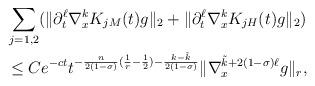
LaTeX: \begin{align*} &\sum_{j=1,2}(\|\partial_{t}^{\ell} \nabla_{x}^{k}K_{jM}(t)g\|_{2}+\|\partial_{t}^{\ell} \nabla_{x}^{k} K_{jH}(t)g\|_{2}) \\& \le C e^{-ct} t^{-\frac{n}{2(1- \sigma)}(\frac{1}{r}-\frac{1}{2})-\frac{k-\tilde{k}}{2(1- \sigma)} }\| \nabla^{\tilde{k}+ 2(1-\sigma) \ell}_{x} g\|_{r}, \end{align*}